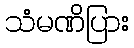
သံမဏိပြား